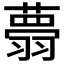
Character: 𦒃